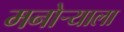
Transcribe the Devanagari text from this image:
मनोऱ्याला